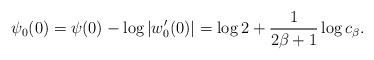
LaTeX: \begin{align*}\psi_0(0)=\psi(0) -\log|w_0'(0)|= \log 2 +\frac 1{2\beta+1}\log c_\beta. \end{align*}